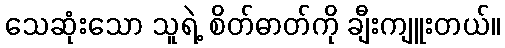
သေဆုံးသော သူရဲ့ စိတ်ဓာတ်ကို ချီးကျူးတယ်။